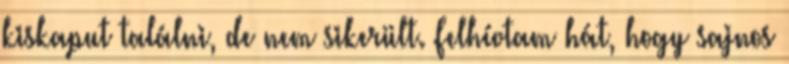
kiskaput találni, de nem sikerült. Felhívtam hát, hogy sajnos